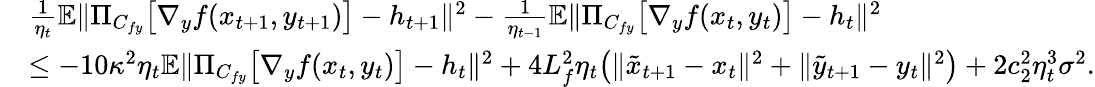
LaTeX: \begin{array}{rl}&{\frac{1}{\eta_{t}}\mathbb{E}\| \Pi_{C_{fy}}\big[\nabla_{y}f(x_{t+1},y_{t+1})\big]-h_{t+1}\| ^{2}-\frac{1}{\eta_{t-1}}\mathbb{E}\| \Pi_{C_{fy}}\big[\nabla_{y}f(x_{t},y_{t})\big]-h_{t}\| ^{2}}\\ &{\leq-10\kappa^{2}\eta_{t}\mathbb{E}\| \Pi_{C_{fy}}\big[\nabla_{y}f(x_{t},y_{t})\big]-h_{t}\| ^{2}+4L_{f}^{2}\eta_{t}\big(\| \tilde{x}_{t+1}-x_{t}\| ^{2}+\| \tilde{y}_{t+1}-y_{t}\| ^{2}\big)+2c_{2}^{2}\eta_{t}^{3}\sigma^{2}.}\end{array}